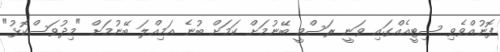
ފޮނުއްވެވި ސިޓީއެއްގައި ވަނީ ރަސްމީ ބޭނުމަށް ކަމަށް ބުނެ އަމިއްލަ ބޭނުމަށް "މިދުވަސްކޮޅު"